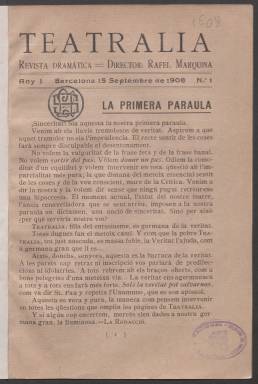
Título: Teatralia (Barcelona)
Colección: Teatro
Ámbito geográfico: Barcelona
Lugar de publicación: Barcelona
Fechas: 15/09/1908-11/09/1909